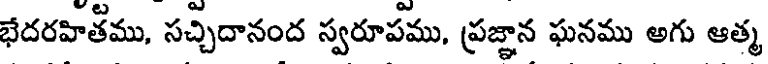
భేదరహితీము, సచ్చిదానంద స్వరూపము, ప్రజ్ఞాన ఘనము అగు ఆత్మ